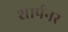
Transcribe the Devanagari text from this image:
शार्पनर